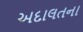
અદાલતના